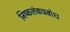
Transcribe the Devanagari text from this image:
निष्कलंकप्रबोध